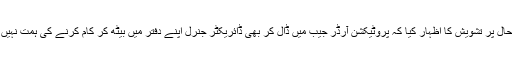
انھوں نے محکمہ صحت عامہ کی ابتر صورتحال پر تشویش کا اظہار کیا کہ پروٹیکشن آرڈر جیب میں ڈال کر بھی ڈائریکٹر جنرل اپنے دفتر میں بیٹھ کر کام کرنے کی ہمت نہیں رکھتے تو بہتر ہے کہ گھر جا کر آرام کریں۔